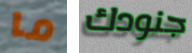
ما جنودك